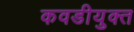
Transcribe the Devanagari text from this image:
कवडीयुक्‍त